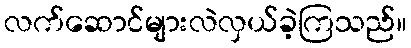
လက်ဆောင်များလဲလှယ်ခဲ့ကြသည်။